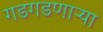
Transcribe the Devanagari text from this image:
गडगडणाऱ्या